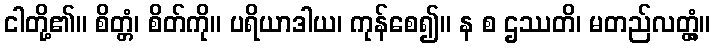
ငါတို့၏။ စိတ္တံ၊ စိတ်ကို။ ပရိယာဒါယ၊ ကုန်စေ၍။ န စ ဌဿတိ၊ မတည်လတ္တံ့။